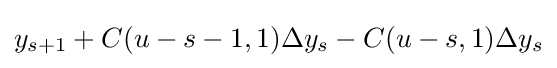
y_{s+1}+C(u-s-1,1)\Delta y_{s}-C(u-s,1)\Delta y_{s}